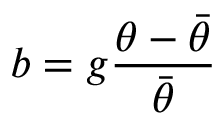
b = g \frac { \theta - \bar { \theta } } { \bar { \theta } }